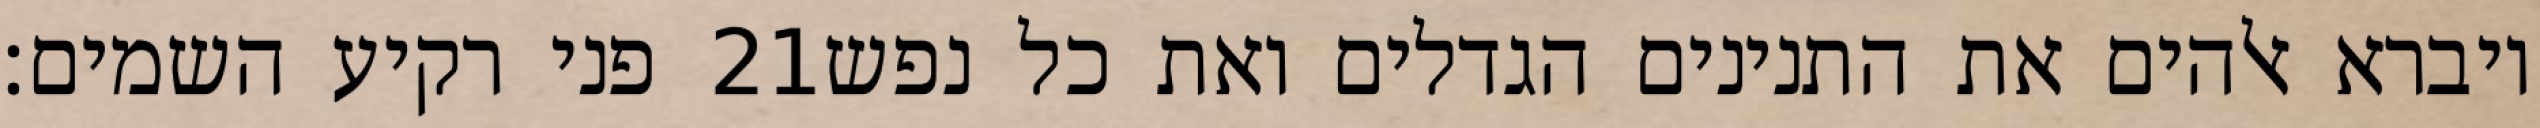
פני רקיע השמים׃ ‎21‏ ויברא אלהים את התנינים הגדלים ואת כל נפש